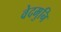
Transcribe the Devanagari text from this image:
वेदमुनि